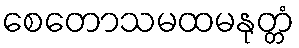
စေတောသမထမနုတ္တံ